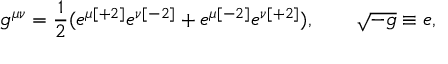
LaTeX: g ^ { \mu \nu } = { \frac { 1 } { 2 } } ( e ^ { \mu { [ + 2 ] } } e ^ { \nu { [ - 2 ] } } + e ^ { \mu { [ - 2 ] } } e ^ { \nu { [ + 2 ] } } ) , \qquad \sqrt { - g } \equiv e ,